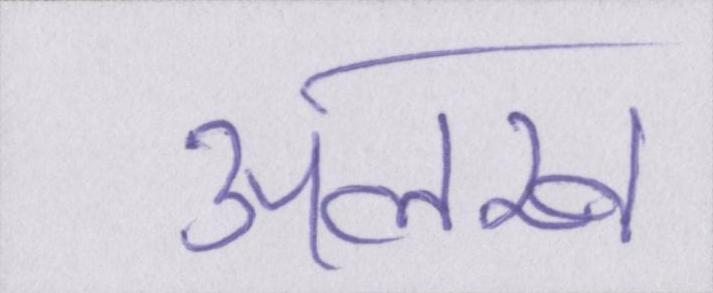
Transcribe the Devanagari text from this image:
अलख